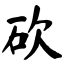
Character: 砍